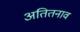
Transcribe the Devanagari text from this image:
अतितनाव